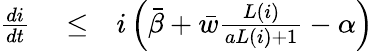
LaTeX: \begin{array}{rlr}{\frac{di}{dt}}&{{}\le}&{i\left({\bar{\beta}}+{\bar{w}}\frac{L(i)}{aL(i)+1}-\alpha\right)}\end{array}